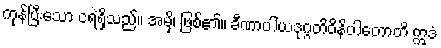
ကုန်ပြီးသော ငရဲရှိသည်။ အမှိ၊ ဖြစ်၏။ ခီဏာပါယဒုဂ္ဂတိဝိနိပါတောတိ ဣဒံ